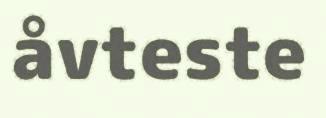
åvteste